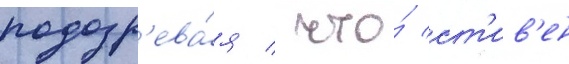
подозр'ева́я / что́ ст'ив'ен